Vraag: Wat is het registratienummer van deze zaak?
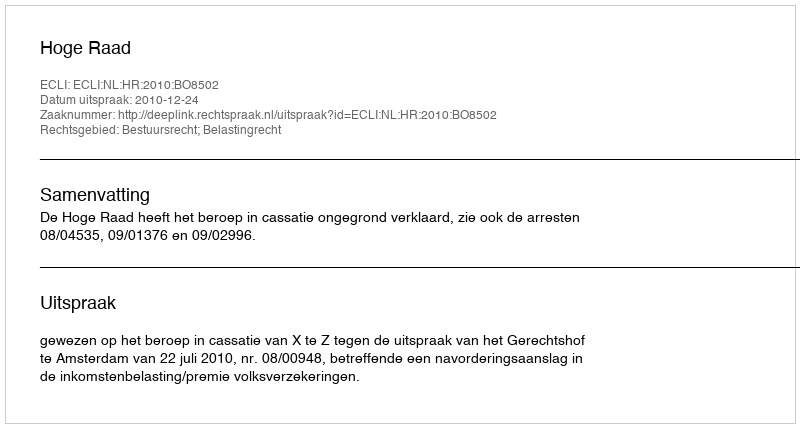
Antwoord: http://deeplink.rechtspraak.nl/uitspraak?id=ECLI:NL:HR:2010:BO8502